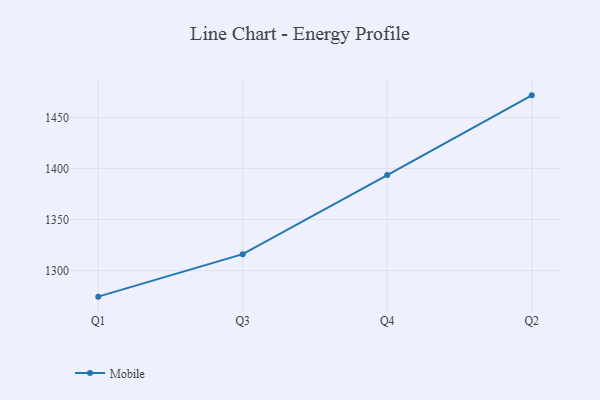
{"axis": {"x": "Quarter", "y": "Bounce Rate (%)"}, "legend": ["Mobile"], "data": [{"x": "Q1", "y": 1274.5, "type": "Mobile"}, {"x": "Q3", "y": 1316.1, "type": "Mobile"}, {"x": "Q4", "y": 1393.6, "type": "Mobile"}, {"x": "Q2", "y": 1471.6, "type": "Mobile"}]}